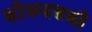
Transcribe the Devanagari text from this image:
वीएनएवी